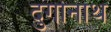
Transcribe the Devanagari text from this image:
दुर्गानाथ